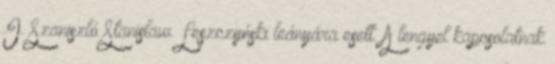
I. Szaniszló Stanisław Leszczyński leányára esett. A lengyel kapcsolatnak